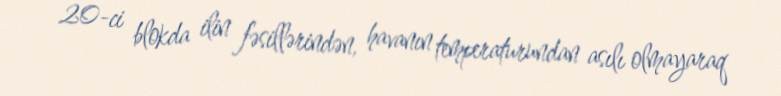
20-ci blokda ilin fəsillərindən, havanın temperaturundan asılı olmayaraq